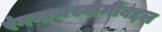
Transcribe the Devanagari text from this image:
रंगनाथस्वामींबद्दल